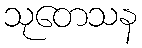
သုတေသန